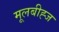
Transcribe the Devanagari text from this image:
मूलबीह्ज